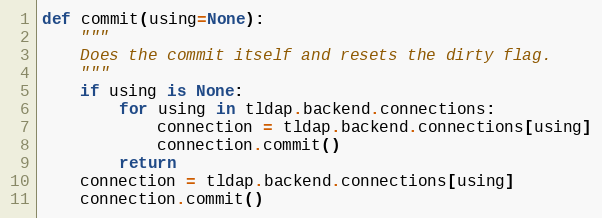
Language: Python
def commit(using=None):
    """
    Does the commit itself and resets the dirty flag.
    """
    if using is None:
        for using in tldap.backend.connections:
            connection = tldap.backend.connections[using]
            connection.commit()
        return
    connection = tldap.backend.connections[using]
    connection.commit()